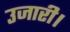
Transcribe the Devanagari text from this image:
उजारी।